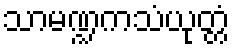
သာမဏ္ဍကသံယုတ္တံ